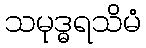
သမုဒ္ဓရသိမံ